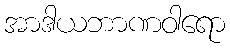
အာဒါယဘာဏဝါရော